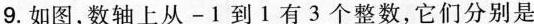
9.如图，数轴上从-1到1有3个整数，它们分别是